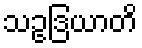
သဥဒြယာတိ